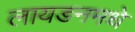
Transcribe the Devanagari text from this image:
लायडनमधे